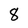
Character: 8